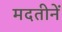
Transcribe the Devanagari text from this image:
मदतीनें